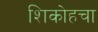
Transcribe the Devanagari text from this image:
शिकोहचा